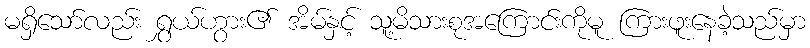
မရှိသော်လည်း ရွှယ်ဟွား၏ အိမ်နှင့် သူ့မိသားစုအကြောင်းကိုမူ ကြားဖူးနေခဲ့သည်မှာ